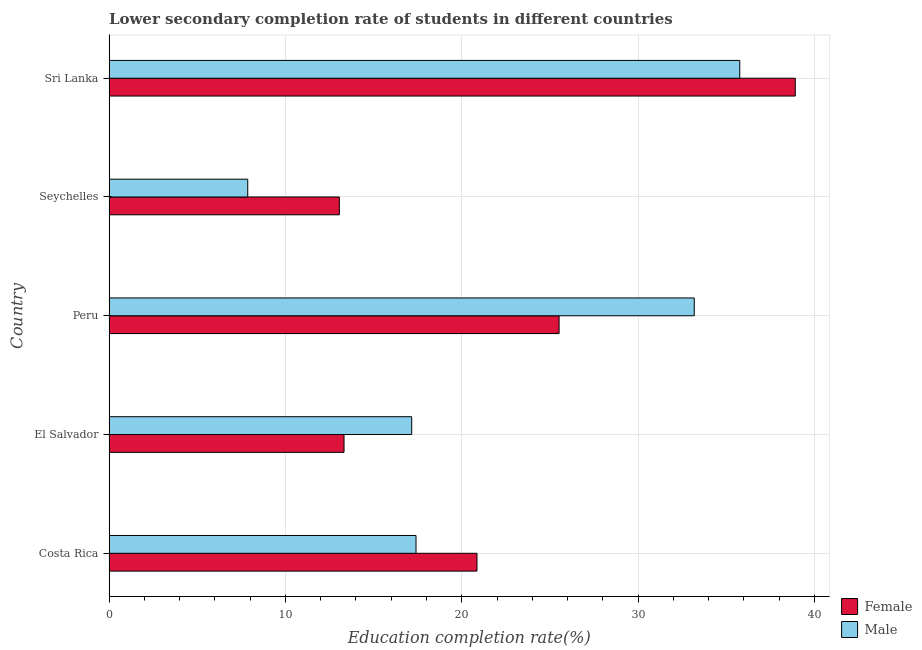
| Country | Female | Male |
 | --- | --- | --- |
 | Costa Rica | 20.9 | 17.4 |
 | El Salvador | 13.3 | 17.2 |
 | Peru | 25.5 | 33.2 |
 | Seychelles | 13.1 | 7.87 |
 | Sri Lanka | 38.9 | 35.8 |